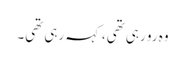
وہ رو رہی تھی،کہہ رہی تھی۔